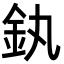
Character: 釻